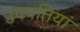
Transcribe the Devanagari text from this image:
उपपतियां